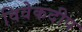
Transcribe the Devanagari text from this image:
विवेकदीप